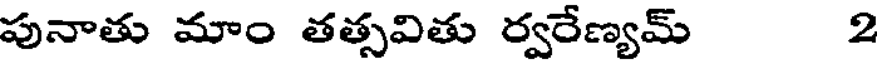
పునాతు మాం తత్సవితు ర్వరేణ్యమ్ 2